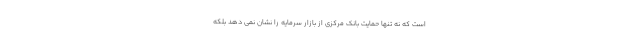
است که نه تنها حمایت بانک مرکزی از بازار سرمایه را نشان نمی دهد بلکه